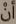
أن